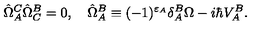
\hat { \Omega } _ { A } ^ { C } \hat { \Omega } _ { C } ^ { B } = 0 , \quad \hat { \Omega } _ { A } ^ { B } \equiv ( - 1 ) ^ { \varepsilon _ { A } } \delta _ { A } ^ { B } \Omega - i \hbar V _ { A } ^ { B } .